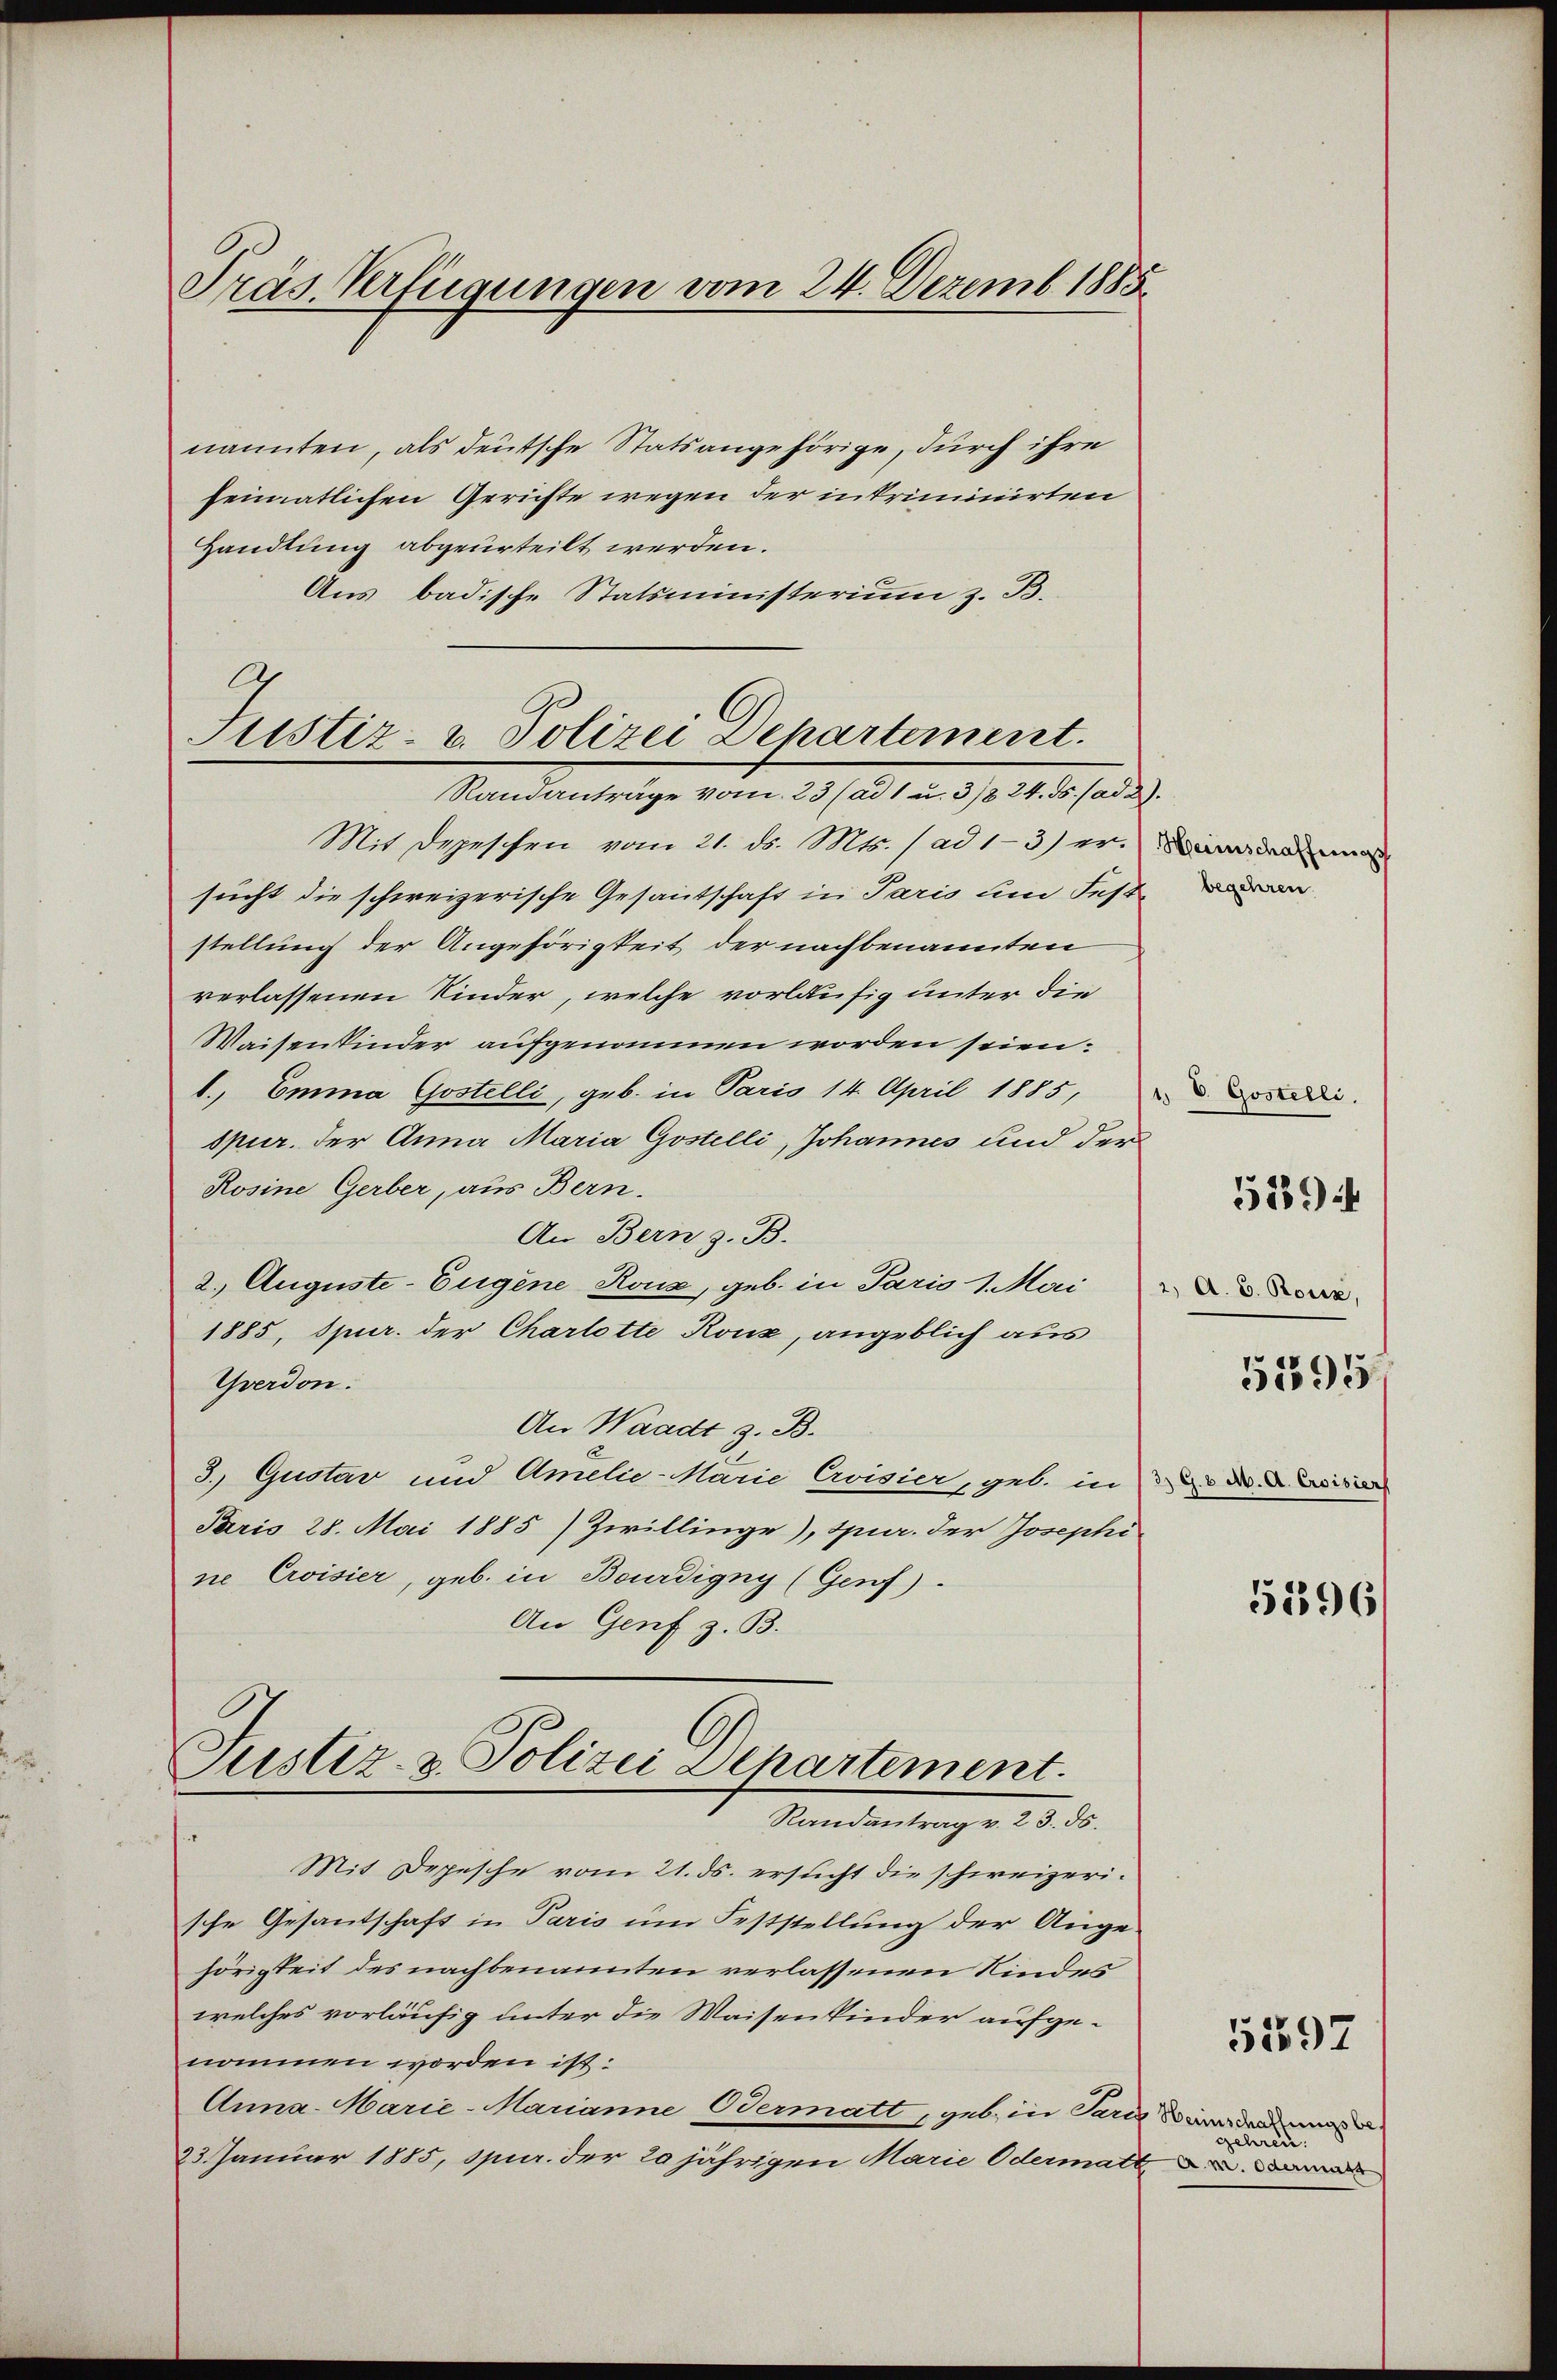
Präs. Verfügungen vom 24. Dezemb. 1885

nannten, als deutsche Statsangehörige, durch ihre
heimatlichen Gerichte wegen der intriminirten
Handlung abgeurteilt werden.
Aus badische Statsministerium z. B.
A

Justiz- u. Polizei Departement.
Randanträge vom 23 (ad 1 u. 3/8 24. ds. (ad 2

Mit Depeschen vom 21. ds. Mts. (ad 1-3) er-
sucht die schweizerische Gesantschaft in Paris um Fest
stellung der Angehörigkeit der nachbenannten
verlassenen Kinder, welche vorläufig unter die
Waisenkinder aufgenommen worden seien.
1., Emma Gostelli, geb. in Paris 14. April 1885,
spur. der Anna Maria Gostelli, Johannes und der
Rosine Gerber, aus Bern.
An Bern z. B.
2. Auguste-Eugene Rouz, geb. in Paris 1. Mai
1885, Spur. der Charlotte Konz, angeblich aus
Yverdon.
An Waadt z. B.
3. Quotar und Amelie-Marie Civisier, geb. in darisier
Paris 28. Mai 1885) Zwillinge), Spur. der Josephi
ne Erisier, geb. in Bourdigny (Genf).
An Genf z. B.
Justiz- & Polizei Departement.
Randantrag v. 23. ds.
Mit Depesche vom 21. ds. ersucht die schweizerische Gesantschaft in Paris um Feststellung der Ange
hörigkeit des nachbenannten verlassenen Kindes
welches vorläufig unter die Waisenkinder aufgenommen worden ist:
Anna Marie-Marianne Odermatt geb. in Paris
23. Januar 1885, spur. der 20 jährigen Marie Odermate

.
Heimschaffungs
 begehren.

1. V. Gostelli.
2) A. E. Rosse,
5595

5894

51396

5597

Heimschaffungsbes
gehren.
7a. m. Odermatt